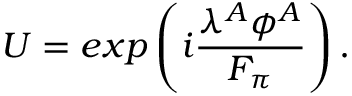
U = e x p \left( i { \frac { \lambda ^ { A } \phi ^ { A } } { F _ { \pi } } } \right) .